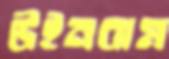
উইনবাম